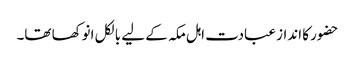
حضور کا انداز عبادت اہل مکہ کے لیے بالکل انوکھا تھا۔